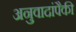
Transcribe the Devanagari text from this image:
अनुवादांपैकी